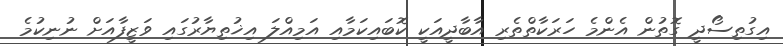
އިގުތިސޯދީ ގޮތުން އެންމެ ހަރަކާތްތެރި އާބާދީއަކީ ކޮބައިކަމާއި އަމިއްލަ އިޚުތިޔާރުގައި ވަޒީފާއަށް ނުނިކުމެ